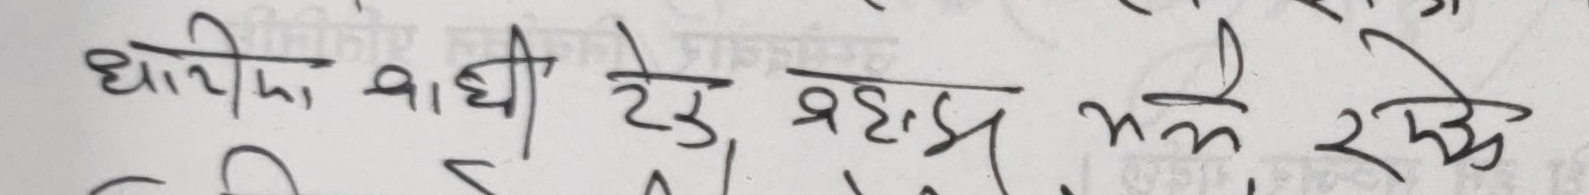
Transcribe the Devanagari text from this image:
धोइयो बाढी टेकु बढ्यौ भने रहेर